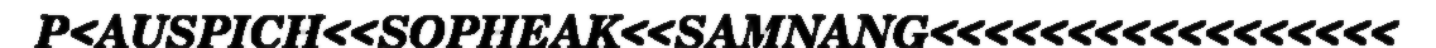
P<AUSPICH<<SOPHEAK<<SAMNANG<<<<<<<<<<<<<<<<<